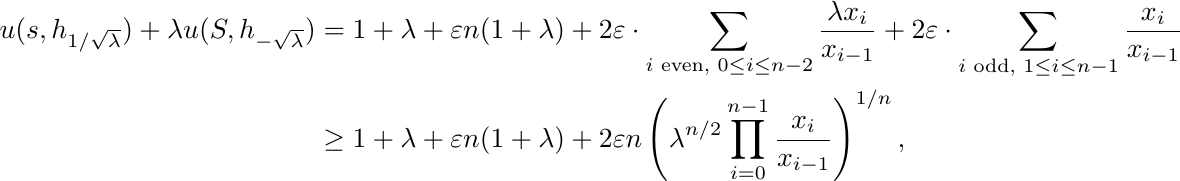
\begin{align*}
u(s,h_{1/\sqrt{\lambda}}) + \lambda u(S,h_{-\sqrt{\lambda}}) &= 1+\lambda + \varepsilon n (1+\lambda) + 2\varepsilon \cdot \sum_{i \text{ even, } 0 \le i \le n-2} \frac{\lambda x_i}{x_{i-1}} +  2\varepsilon \cdot \sum_{i \text{ odd, } 1 \le i \le n-1} \frac{x_i}{x_{i-1}} \\
& \ge 1+\lambda + \varepsilon n(1+\lambda) + 2 \varepsilon n \left( \lambda^{n/2} \prod_{i=0}^{n-1} \frac{x_i}{x_{i-1}} \right)^{1/n},
\end{align*}